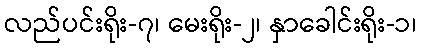
လည်ပင်းရိုး-၇၊ မေးရိုး-၂၊ နှာခေါင်းရိုး-၁၊